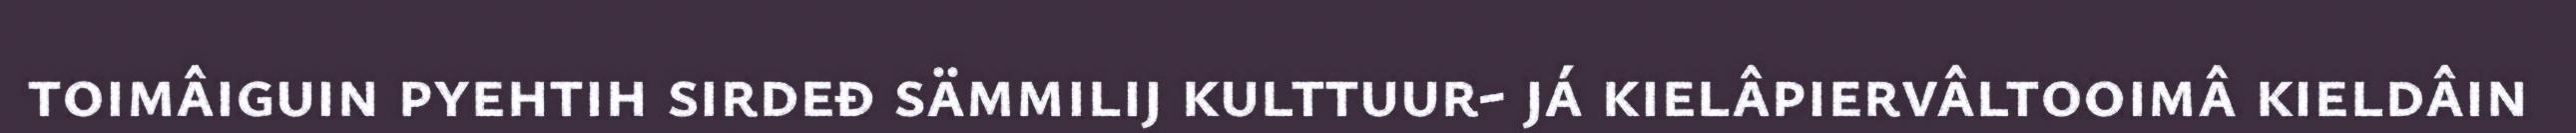
toimâiguin pyehtih sirdeđ sämmilij kulttuur- já kielâpiervâltooimâ kieldâin